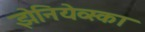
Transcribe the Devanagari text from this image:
झेनियेव्स्का